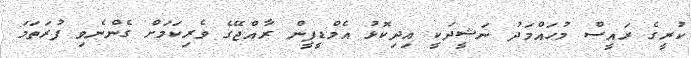
ކުރީގެ ރައީސް މުޙައްމަދު ނަޝީދަކީ އިދިކޮޅު އެމްޑީޕީން ރާއްޖޭގެ ވެރިކަމަށް ގެންނެވި ފުރަތަމަ